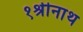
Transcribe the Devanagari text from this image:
१श्रीनाथ